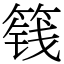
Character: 篯